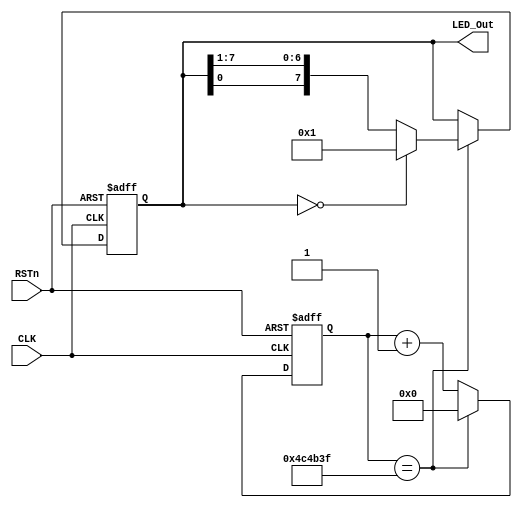
module led8_module
(
    CLK, RSTn, LED_Out
);
    input CLK;
    input RSTn;
    output [7:0]LED_Out;
        
    parameter T100MS = 23'd5_000_000;      
    reg [22:0]Count;		//Delay
    reg [7:0]rLED_Out;
	 
    always @ ( posedge CLK or negedge RSTn )
	    if( !RSTn )
			begin
				Count <= 23'd0;
				rLED_Out <= 8'b0000_0001;
			end
	    else if( Count == T100MS - 1'b1)
			 begin
				Count <= 23'd0;				  
				if( rLED_Out == 8'b0000_0000 )
					rLED_Out <= 8'b0000_0001;
				else
					rLED_Out <= {rLED_Out[0],rLED_Out[7:1]};
			 end
	    else
	        Count <= Count + 1'b1;
	        
	assign LED_Out = rLED_Out;
        
endmodule